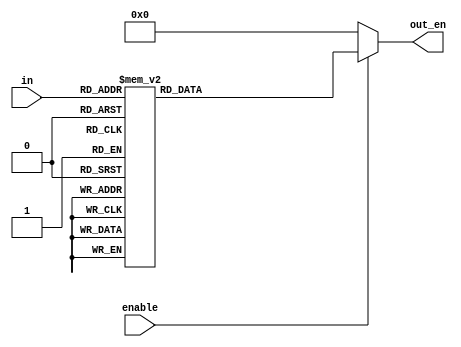
`timescale 1ns / 1ps
//////////////////////////////////////////////////////////////////////////////////
// Company: 
// Engineer: 
// 
// Design Name: 
// Module Name:    position_decoder 
// Project Name: 
// Target Devices: 
// Tool versions: 
// Description: 
//
// Dependencies: 
//
// Revision: 
// Revision 0.01 - File Created
// Additional Comments: 
//
//////////////////////////////////////////////////////////////////////////////////
module position_decoder(
    input[3:0] in, input enable, output wire [15:0] out_en);
reg[15:0] temp1;
 assign out_en = (enable==1'b1)?temp1:16'd0;   // enable is from FSM Controller
 always @(*)
 begin
 case(in)
 4'd0: temp1 <= 16'b0000000000000001;
 4'd1: temp1 <= 16'b0000000000000010; 
 4'd2: temp1 <= 16'b0000000000000100;
 4'd3: temp1 <= 16'b0000000000001000;
 4'd4: temp1 <= 16'b0000000000010000;
 4'd5: temp1 <= 16'b0000000000100000;
 4'd6: temp1 <= 16'b0000000001000000;
 4'd7: temp1 <= 16'b0000000010000000;
 4'd8: temp1 <= 16'b0000000100000000;
 4'd9: temp1 <= 16'b0000001000000000;
 4'd10: temp1 <= 16'b0000010000000000;        // Only needed till 10 because number of positions in the game is 10.
 4'd11: temp1 <= 16'b0000100000000000;
 4'd12: temp1 <= 16'b0001000000000000;
 4'd13: temp1 <= 16'b0010000000000000;
 4'd14: temp1 <= 16'b0100000000000000;
 4'd15: temp1 <= 16'b1000000000000000;
 default: temp1 <= 16'b0000000000000001; 
 endcase 
end 
endmodule